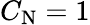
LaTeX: C_{\textrm{N}}=1